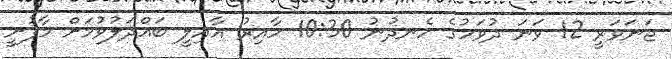
ޖަނަވަރީ 12 ވަނަ ދުވަހުގެ ހެނދުނު 10:30 ހާއިރު އާއިލީ ބައްދަލުވުމަށް މާފުށީ